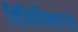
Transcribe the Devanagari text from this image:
रितिरिवाज